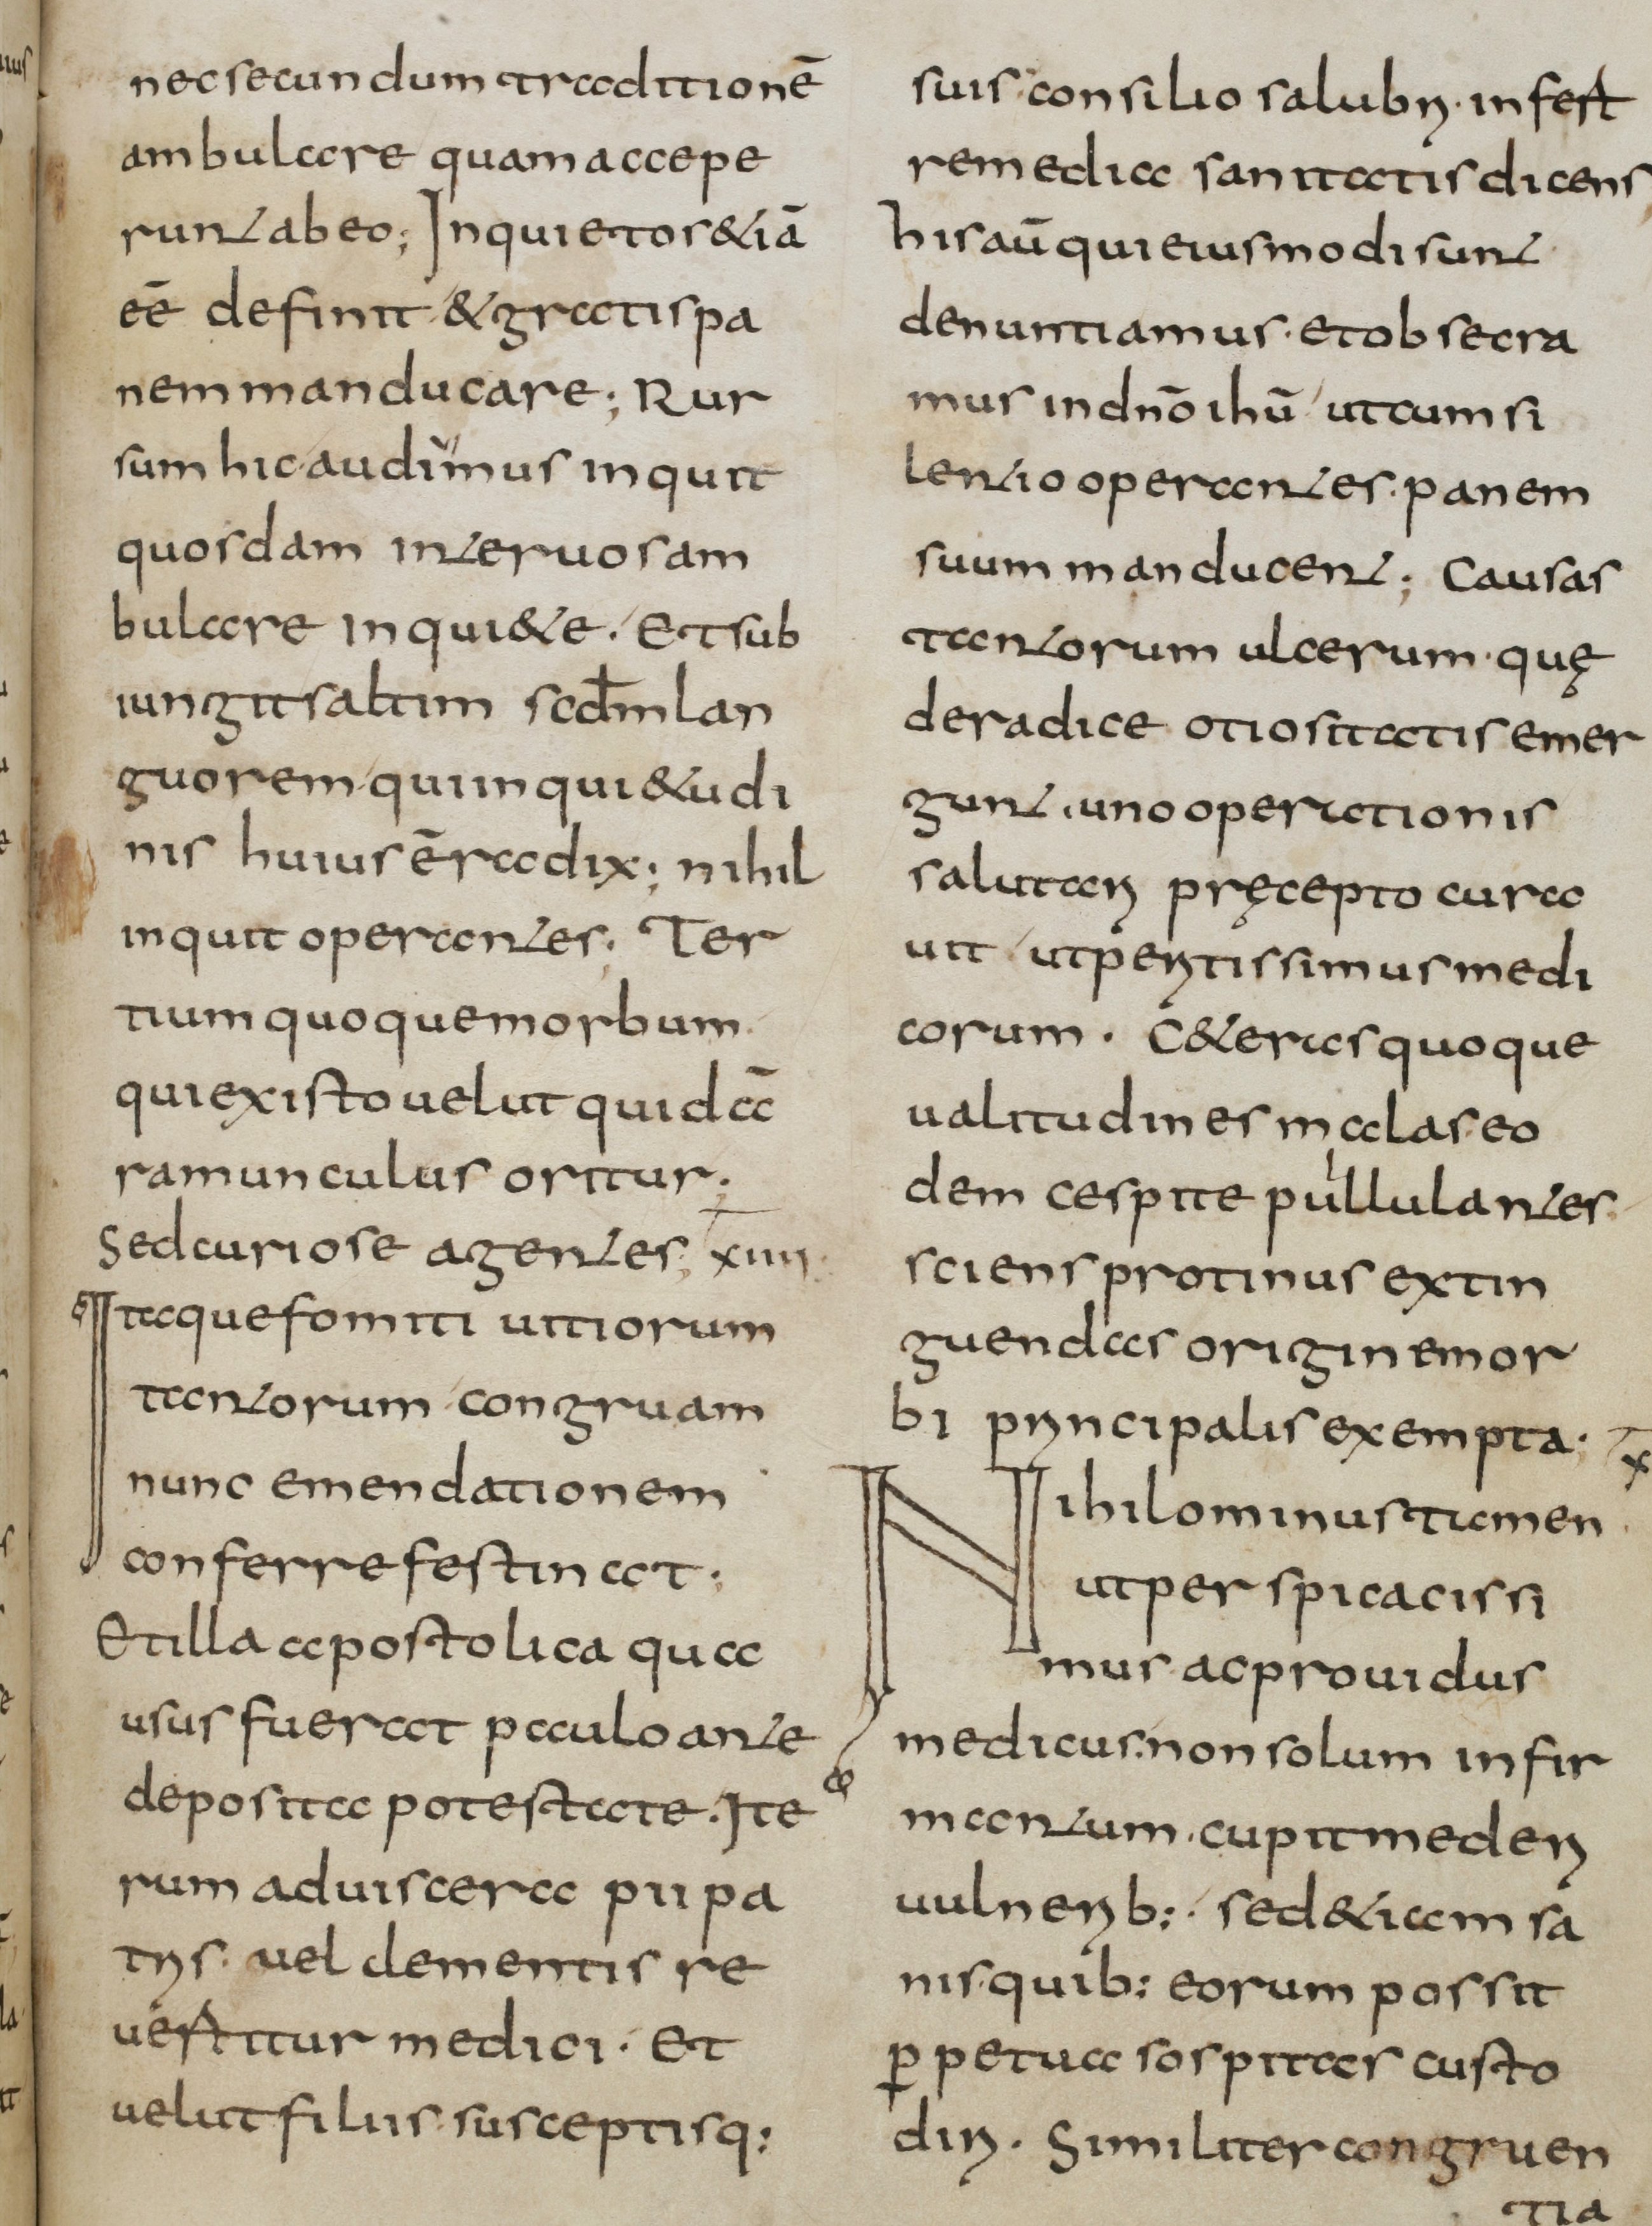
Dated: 800–832